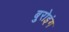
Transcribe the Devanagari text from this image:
बुरोइंग